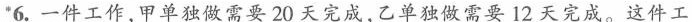
*6.一件工作，甲单独做需要20天完成，乙单独做需要12天完成。这件工